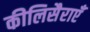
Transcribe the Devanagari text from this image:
कीलिसैराएँ